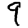
Digit: 9